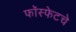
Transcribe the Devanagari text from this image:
फॉस्फेटचे